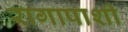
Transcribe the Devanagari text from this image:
रागापाशी